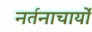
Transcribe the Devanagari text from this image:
नर्तनाचार्यों